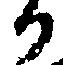
か